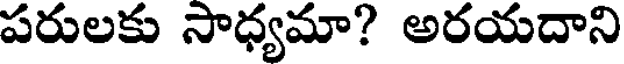
పరులకు సాధ్యమా? అరయదాని